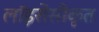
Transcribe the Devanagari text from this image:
लॉइसेंसीकृत